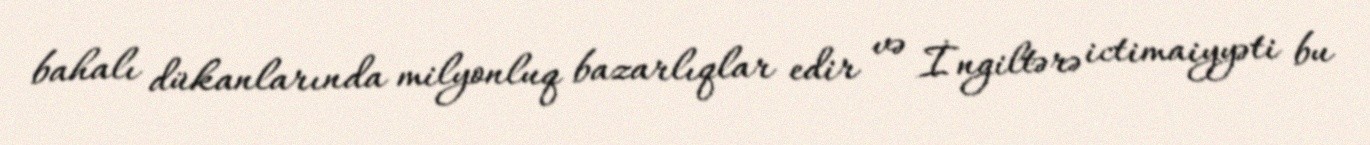
bahalı dükanlarında milyonluq bazarlıqlar edir və İngiltərə ictimaiyyəti bu